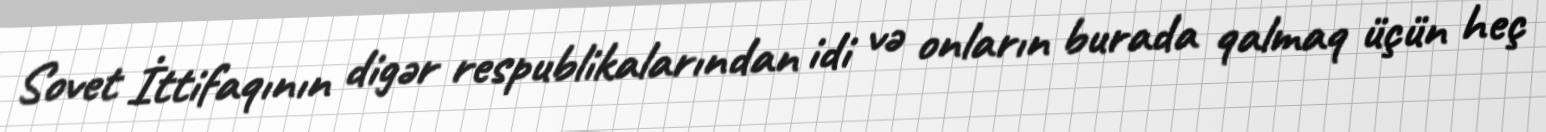
Sovet İttifaqının digər respublikalarından idi və onların burada qalmaq üçün heç